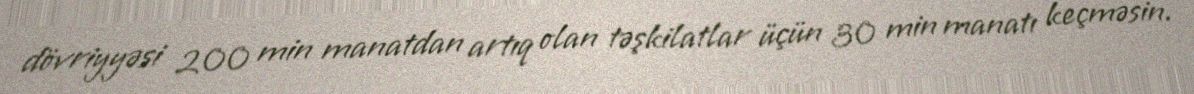
dövriyyəsi 200 min manatdan artıq olan təşkilatlar üçün 30 min manatı keçməsin.